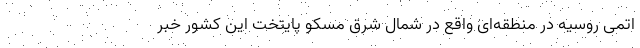
اتمی روسیه در منطقه‌ای واقع در شمال شرق مسکو پایتخت این کشور خبر